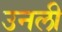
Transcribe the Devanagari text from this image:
उनली